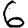
Digit: 6